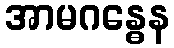
အာမဂန္ဓေန